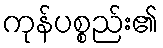
ကုန်ပစ္စည်း၏